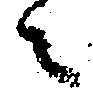
々